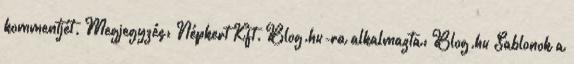
kommentjét. Megjegyzés: Népkert Kft. Blog.hu-ra alkalmazta: Blog.hu Sablonok a